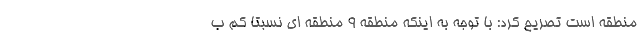
منطقه است تصریح کرد: با توجه به اینکه منطقه ۹ منطقه ای نسبتا کم ب